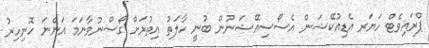
ޕްރައިވެޓް ހަޔަރ އެޑިއުކޭޝަން އެސޯސިއޭޝަނުން ބުނީ ހާލަތު އިތުރަށް ގޯސްނުވާނަމަ އަންނަ ހޮނިހިރު